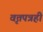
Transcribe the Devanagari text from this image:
वृत्तपत्रही